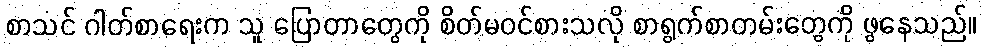
စာသင် ဂါတ်စာရေးက သူ ပြောတာတွေကို စိတ်မဝင်စားသလို စာရွက်စာတမ်းတွေကို ဖွနေသည်။